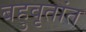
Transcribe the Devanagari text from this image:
बहुवृतांत